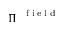
\boldsymbol { \Pi } ^ { \mathrm { ~ \tiny ~ { ~ f ~ i ~ e ~ l ~ d ~ } ~ } }